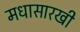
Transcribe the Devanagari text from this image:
मधासारखी